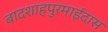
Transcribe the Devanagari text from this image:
बादशाहपुरमाईदास